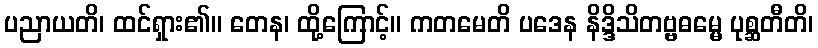
ပညာယတိ၊ ထင်ရှား၏။ တေန၊ ထို့ကြောင့်။ ကတမေတိ ပဒေန နိဒ္ဒိသိတဗ္ဗဓမ္မေ ပုစ္ဆတီတိ၊